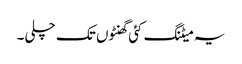
یہ میٹنگ کئی گھنٹوں تک چلی۔